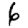
Digit: 6